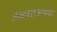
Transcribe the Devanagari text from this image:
लंबवत्अथवा